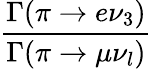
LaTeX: \frac{\Gamma(\pi\to e\nu_{3})}{\Gamma(\pi\to\mu\nu_{l})}